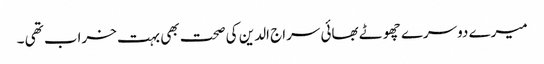
میرے دوسرے چھوٹے بھائی سراج الدین کی صحت بھی بہت خراب تھی ۔